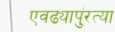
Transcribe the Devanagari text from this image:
एवढ्यापुरत्या